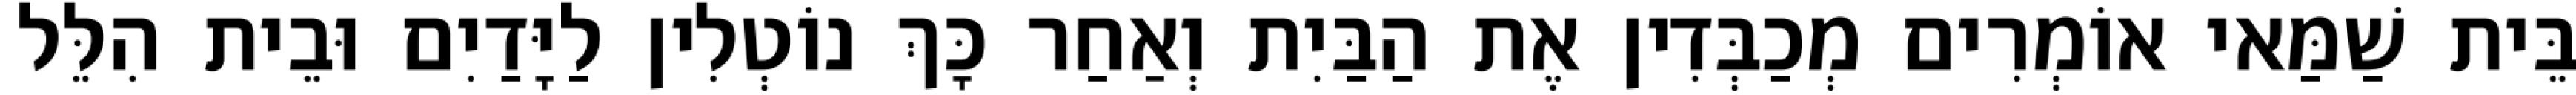
בֵּית שַׁמַּאי אוֹמְרִים מְכַבְּדִין אֶת הַבַּיִת וְאַחַר כָּךְ נוֹטְלִין לַיָּדַיִם וּבֵית הִלֵּל